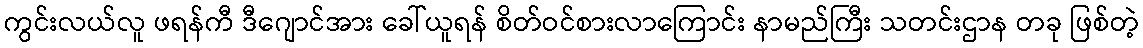
ကွင်းလယ်လူ ဖရန်ကီ ဒီဂျောင်အား ခေါ်ယူရန် စိတ်ဝင်စားလာကြောင်း နာမည်ကြီး သတင်းဌာန တခု ဖြစ်တဲ့